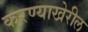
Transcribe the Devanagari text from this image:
करण्याखेरील